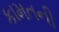
કામતની